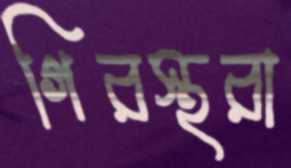
গিরস্থরা